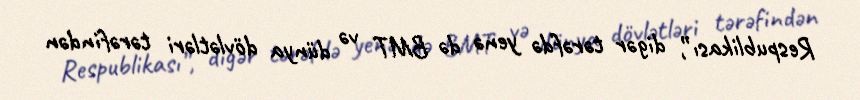
Respublikası”, digər tərəfdə yenə də BMT və dünya dövlətləri tərəfindən